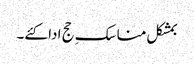
بمشکل مناسکِ حج ادا کئے۔